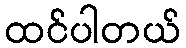
ထင်ပါတယ်